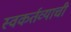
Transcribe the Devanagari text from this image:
स्वकर्तव्याची